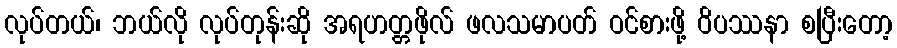
လုပ်တယ်၊ ဘယ်လို လုပ်တုန်းဆို အရဟတ္တဖိုလ် ဖလသမာပတ် ဝင်စားဖို့ ဝိပဿနာ စပြီးတော့